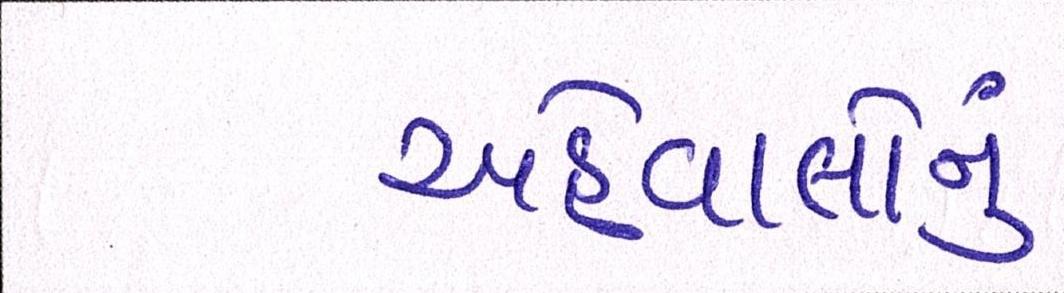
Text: અહેવાલોનું